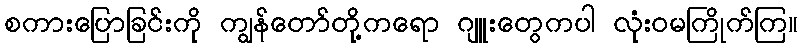
စကားပြောခြင်းကို ကျွန်တော်တို့ကရော ဂျူးတွေကပါ လုံးဝမကြိုက်ကြ။